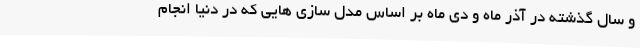
و سال گذشته در آذر ماه و دی ماه بر اساس مدل سازی هایی که در دنیا انجام